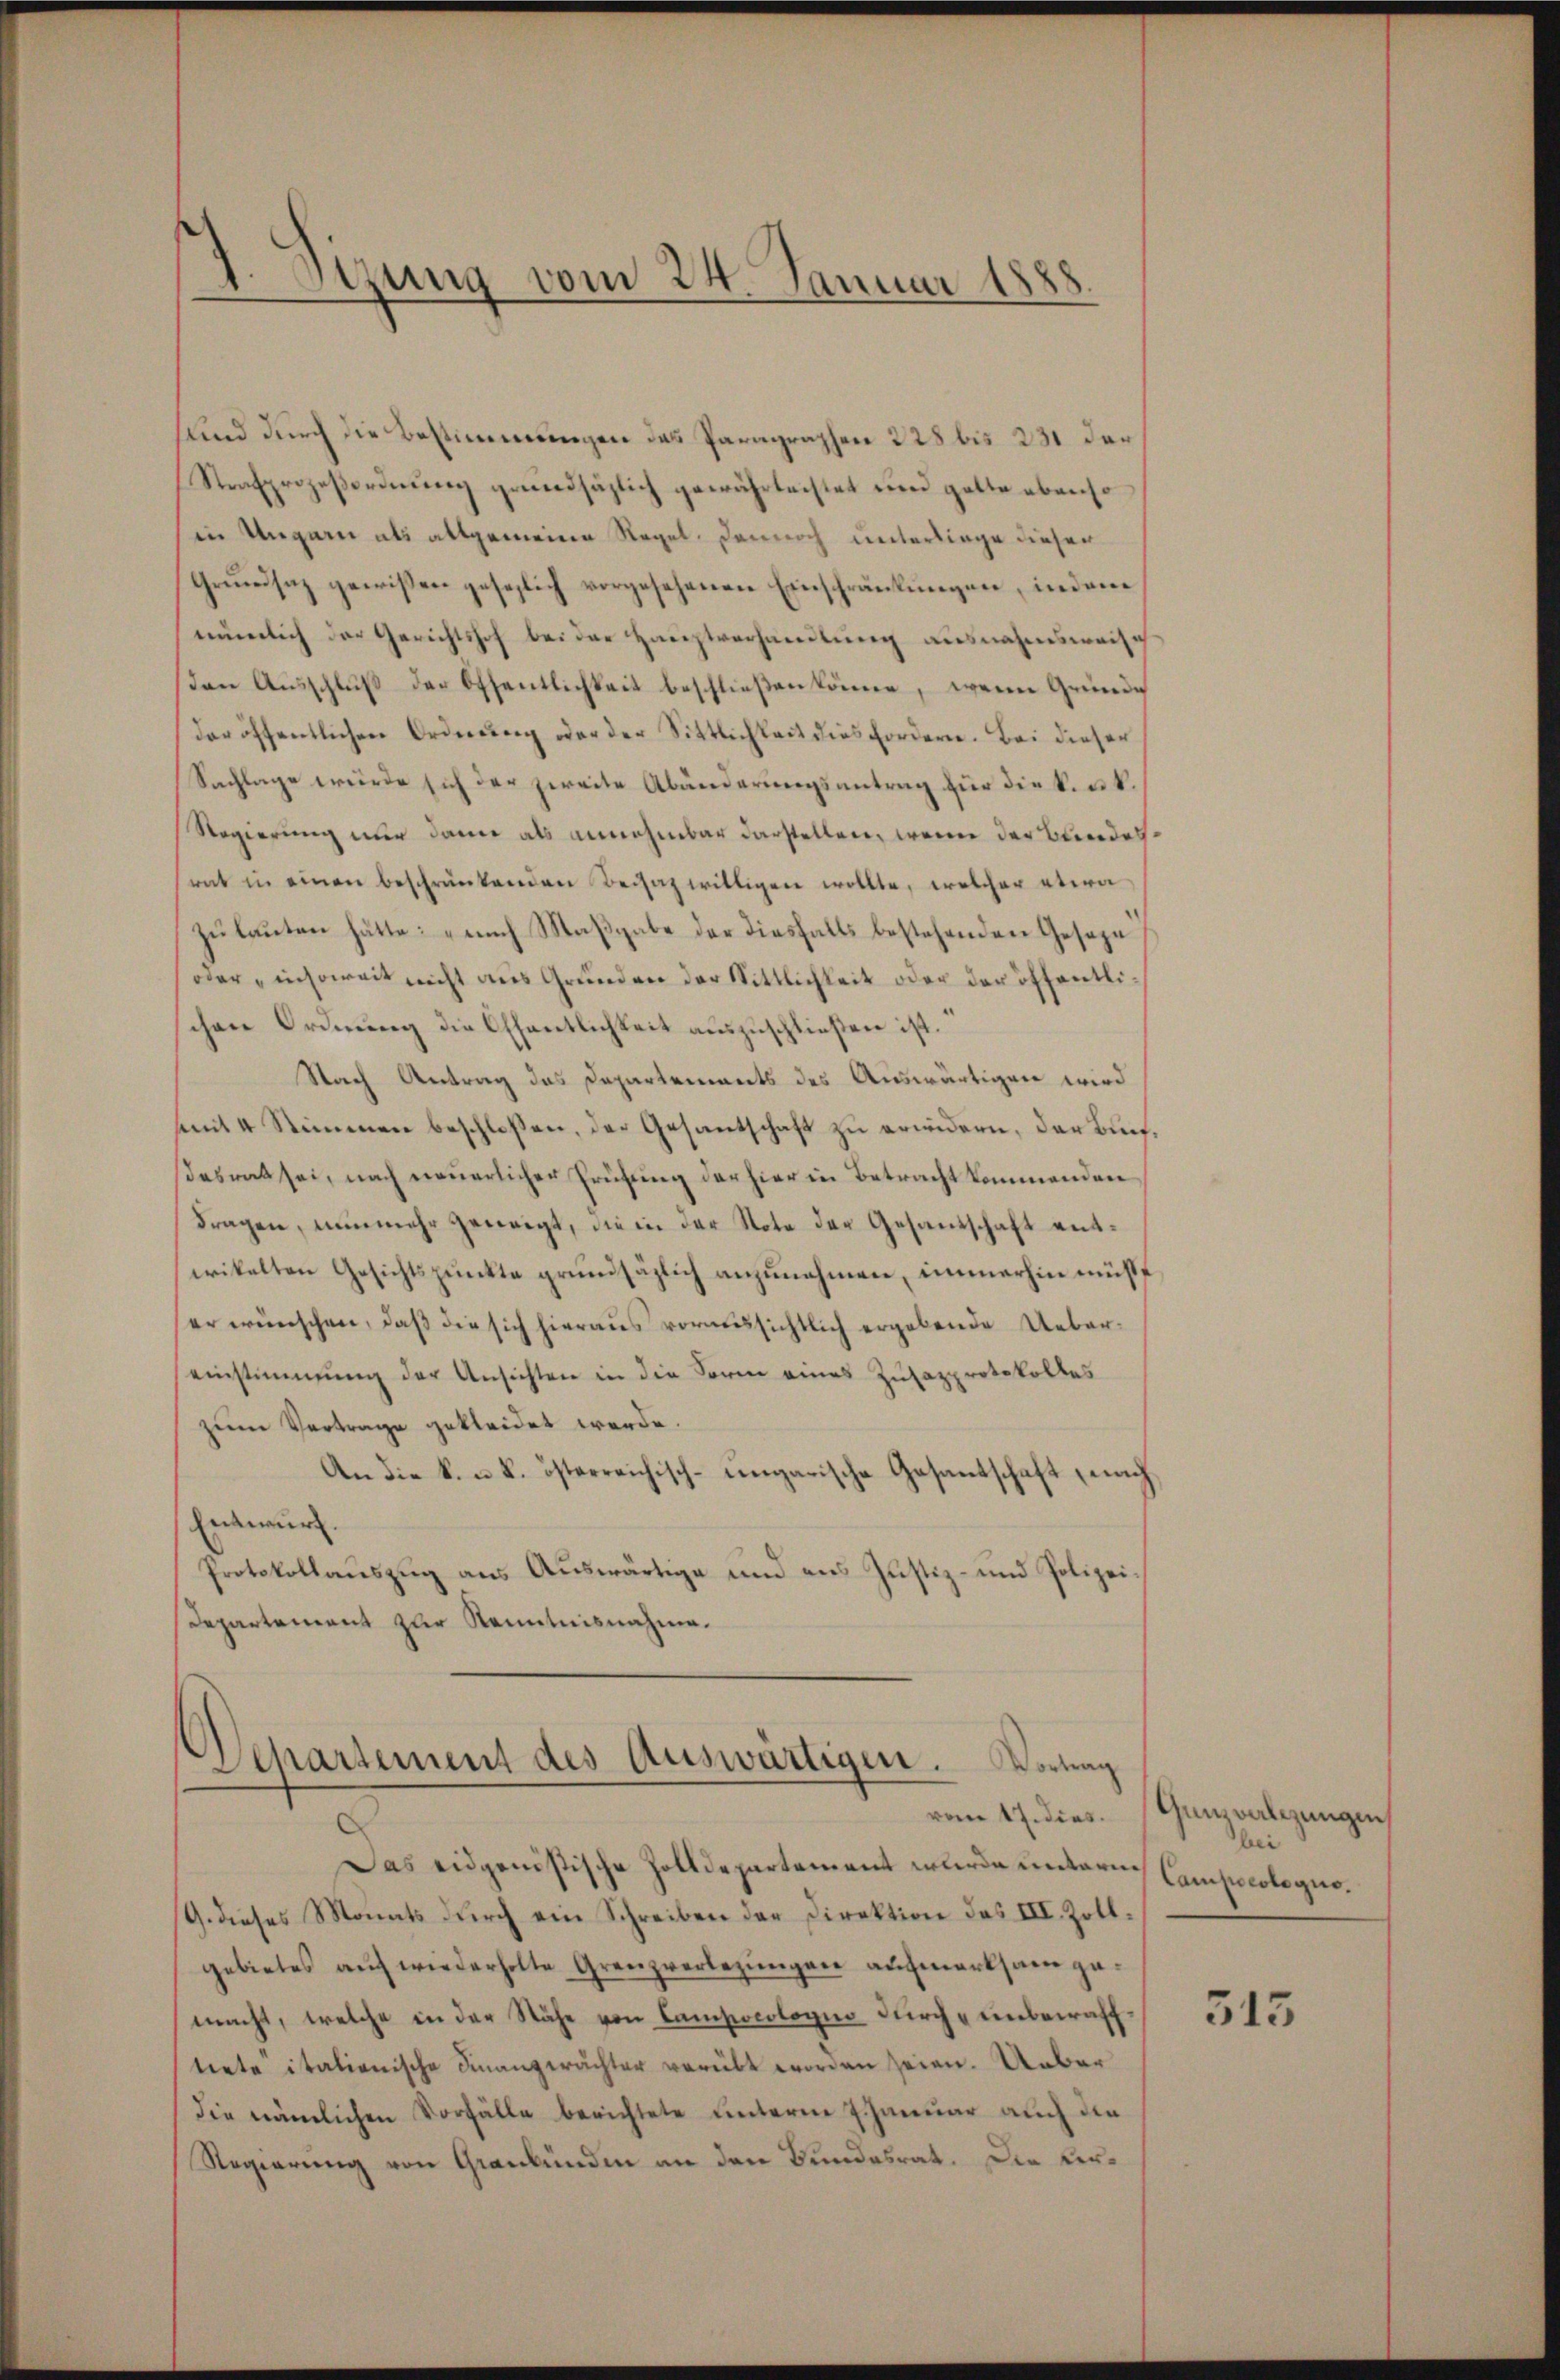
Stzung vom 24. Januar 1888.

sund durch die Bestimmungen das Paragraphen 228 bis 231 der
Strafprozeßordnung grundsätzlich gewährleistet und gatte ebenso
(in Ungarn als allgemeine Regel. Dennoch unterliege dieser
Grŭndsaz gewissen gesezlich vorgesehenen Einschränkungen, indem
numlich der Gerichtshof bei der Hauptverhandlung ausnahmsweise
den Ausschluß der Öffentlichkeit beschließen könne, wenn Gründe
der öffentlichen Ordnung oder der Sittlichkeit dies fordern. Bei dieser
Sachlage würde sich der zweite Abänderungsantrag für die k. u. k.
Regierung nur dann als annehmbar darstellen, wenn der Bundes
rat in einen beschränkenden Beisaz willigen wollte, welcher etwa
zu lauten hätte: „nach Maßgabe der diesfalls bestehenden Geseze
oder insoweit nicht aus Grunden der Sittlichkeit oder der öffentlischen Ordnung die Offentlichkeit auszuschließen ist.
Nach Antrag das Departements des Auswärtigen wird
mit 4 Stimmen beschloßen, der Gesantschaft zu erwidern, der Buchdesrat sei, nach neuerlicher Prüfung der hier in Betracht kommenden
dragen, nunmehr geneigt, die in der Note der Gesandschaft entwikelten Gesichtspunkte grundsätzlich anzunehmen, immerhin müßt
er wünschen, daß die sich hieraus voraussichtlich ergebende Uebereinstimmung der Ansichten in die Form eines Zusazprotokolles
zum Vertrage gekleidet werde.
An die k. u. k. österreichisch-ungarische Gesantschaft nach¬
Entwurf.
Protokollauszug aus Auswärtige und ans Justiz- und Polizei¬
Departement zur Kenntnisnahme.

Departement des Auswärtigen. Vortrag
vom 17. dies.

Das eidgenößische Zolldepartement wurde untern Compocole guo¬
G. dieses Monats durch ein Schreiben der Direktion des III. Zollgebietes auf wiederholte Grenzverlegungen aufmerksam gemacht, welche in der Nähe von Campocologie durch einbewafftrete italienische Finanzerächter verübt worden seien. Ueber
die nämlichen Vorfälle berichtete unterm Januar auch die
Regierung von Graubünden an den Bundesrat. Die Ver¬

Gunz verlegungen
bei

515